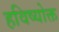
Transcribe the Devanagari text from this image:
हविष्योक्त